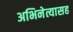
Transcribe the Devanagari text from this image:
अभिनेत्यासह